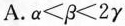
A.$$α < β < 2 γ$$